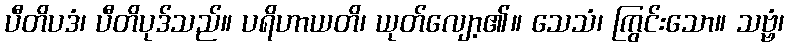
ပီတိပဒံ၊ ပီတိပုဒ်သည်။ ပရိဟာယတိ၊ ယုတ်လျော့၏။ သေသံ၊ ကြွင်းသော။ သဗ္ဗံ၊